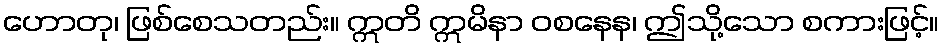
ဟောတု၊ ဖြစ်စေသတည်း။ ဣတိ ဣမိနာ ဝစနေန၊ ဤသို့သော စကားဖြင့်။